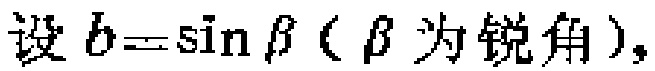
设\(b = \sin\beta\)（\(\beta\)为锐角），